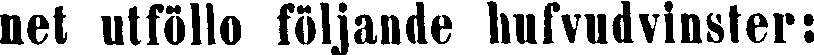
net utföllo följande hufvudvinster: